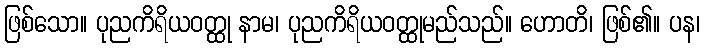
ဖြစ်သော။ ပုညကိရိယဝတ္ထု နာမ၊ ပုညကိရိယဝတ္ထုမည်သည်။ ဟောတိ၊ ဖြစ်၏။ ပန၊